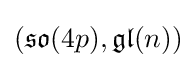
({\mathfrak {so}}(4p),{\mathfrak {gl}}(n))